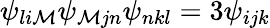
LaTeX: \psi_{li\mathcal{M}}\psi_{\mathcal{M}jn}\psi_{nkl}=3\psi_{ijk}